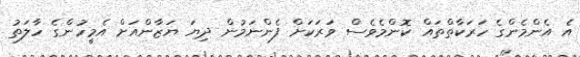
އެ އެންމެންގެ ހަރަކާތްތައް ކޮންމެވެސް ވަރަކަށް ފެންނަމުން ދިޔަ ޔަޒާންއަށް އެމީހުންގެ ހާލަތު